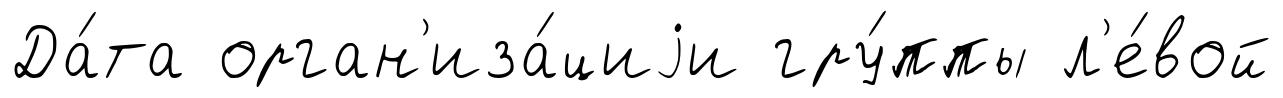
Да́та орган'иза́циjи гру́ппы л'е́вой